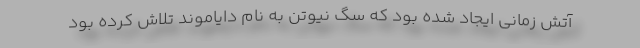
آتش زمانی ایجاد شده بود که سگ نیوتن به نام دایاموند تلاش کرده بود